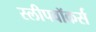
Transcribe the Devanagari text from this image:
स्लीपवॉकर्स